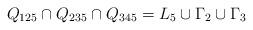
LaTeX: \begin{align*}Q_{125} \cap Q_{235} \cap Q_{345} = L_5 \cup \Gamma_2 \cup \Gamma_3 \end{align*}